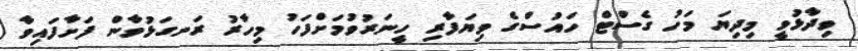
ވިދާޅުވީ މިދިޔަ މަހު ގެސްޓް ހައުސްގެ ވިޔަފާރި ހީނަރުވުމަށްފަހު މިހާރު ރަނގަޅުވާން ފަށާފައިވާ